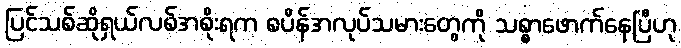
ပြင်သစ်ဆိုရှယ်လစ်အစိုးရက စပိန်အလုပ်သမားတွေကို သစ္စာဖောက်နေပြီဟု